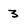
Character: 3